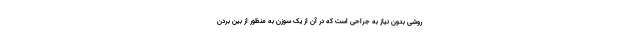
روشی بدون نیاز به جراحی است که در آن از یک سوزن به منظور از بین بردن